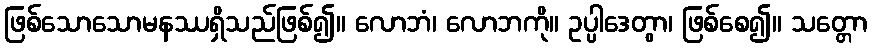
ဖြစ်သောသောမနဿရှိသည်ဖြစ်၍။ လောဘံ၊ လောဘကို။ ဥပ္ပါဒေတွာ၊ ဖြစ်စေ၍။ သတ္တော